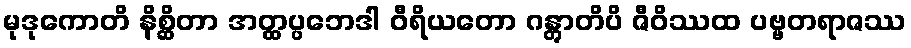
မုဒုကောတိ နိစ္ဆိတာ အတ္ထပ္ပဘေဒါ ဝီရိယတော ဂန္တွာတိပိ ဇီဝိဿထ ပဗ္ဗတရာဇဿ